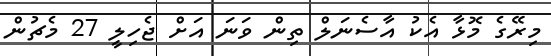
މިރޭގެ މޮޅާ އެކު އާސެނަލް ތިން ވަނަ އަށް ޖެހިލީ 27 މެޗުން